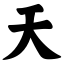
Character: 天